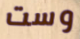
وست